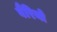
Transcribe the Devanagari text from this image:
बैरियो